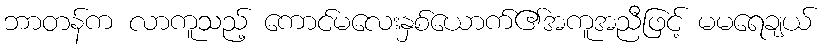
ဘာတန်က လာကူသည့် ကောင်မလေးနှစ်ယောက်၏အကူအညီဖြင့် မမရေချယ်